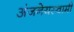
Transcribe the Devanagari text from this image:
अंजनेयस्‍वामी